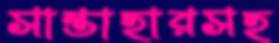
সান্তাহারসহ